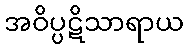
အဝိပ္ပဋိသာရာယ